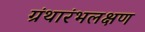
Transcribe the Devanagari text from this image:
ग्रंथारंभलक्षण